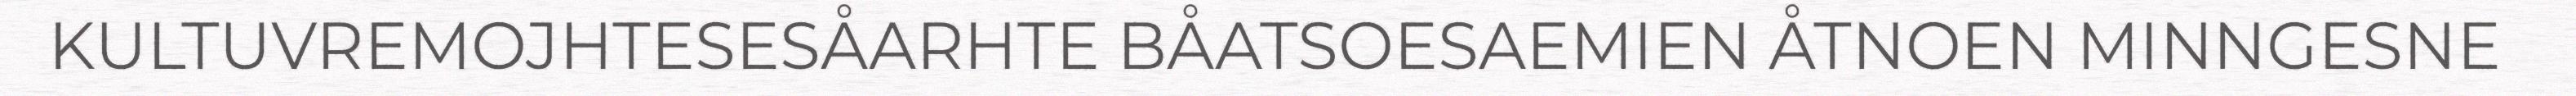
KULTUVREMOJHTESESÅARHTE BÅATSOESAEMIEN ÅTNOEN MINNGESNE